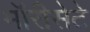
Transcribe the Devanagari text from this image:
मॉरीसेटे